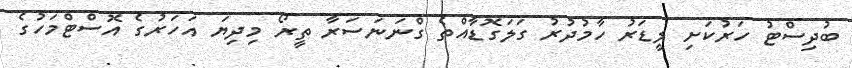
ބުދިސްޓު ހަރުކަށި ލީޑަރު ހާމުދުރު ގަލަގޮޑާއްތެ ގްނަނަސަރާ ތީރޯ މިދިޔަ އަހަރުގެ އޮސްޓްމަހުގެ